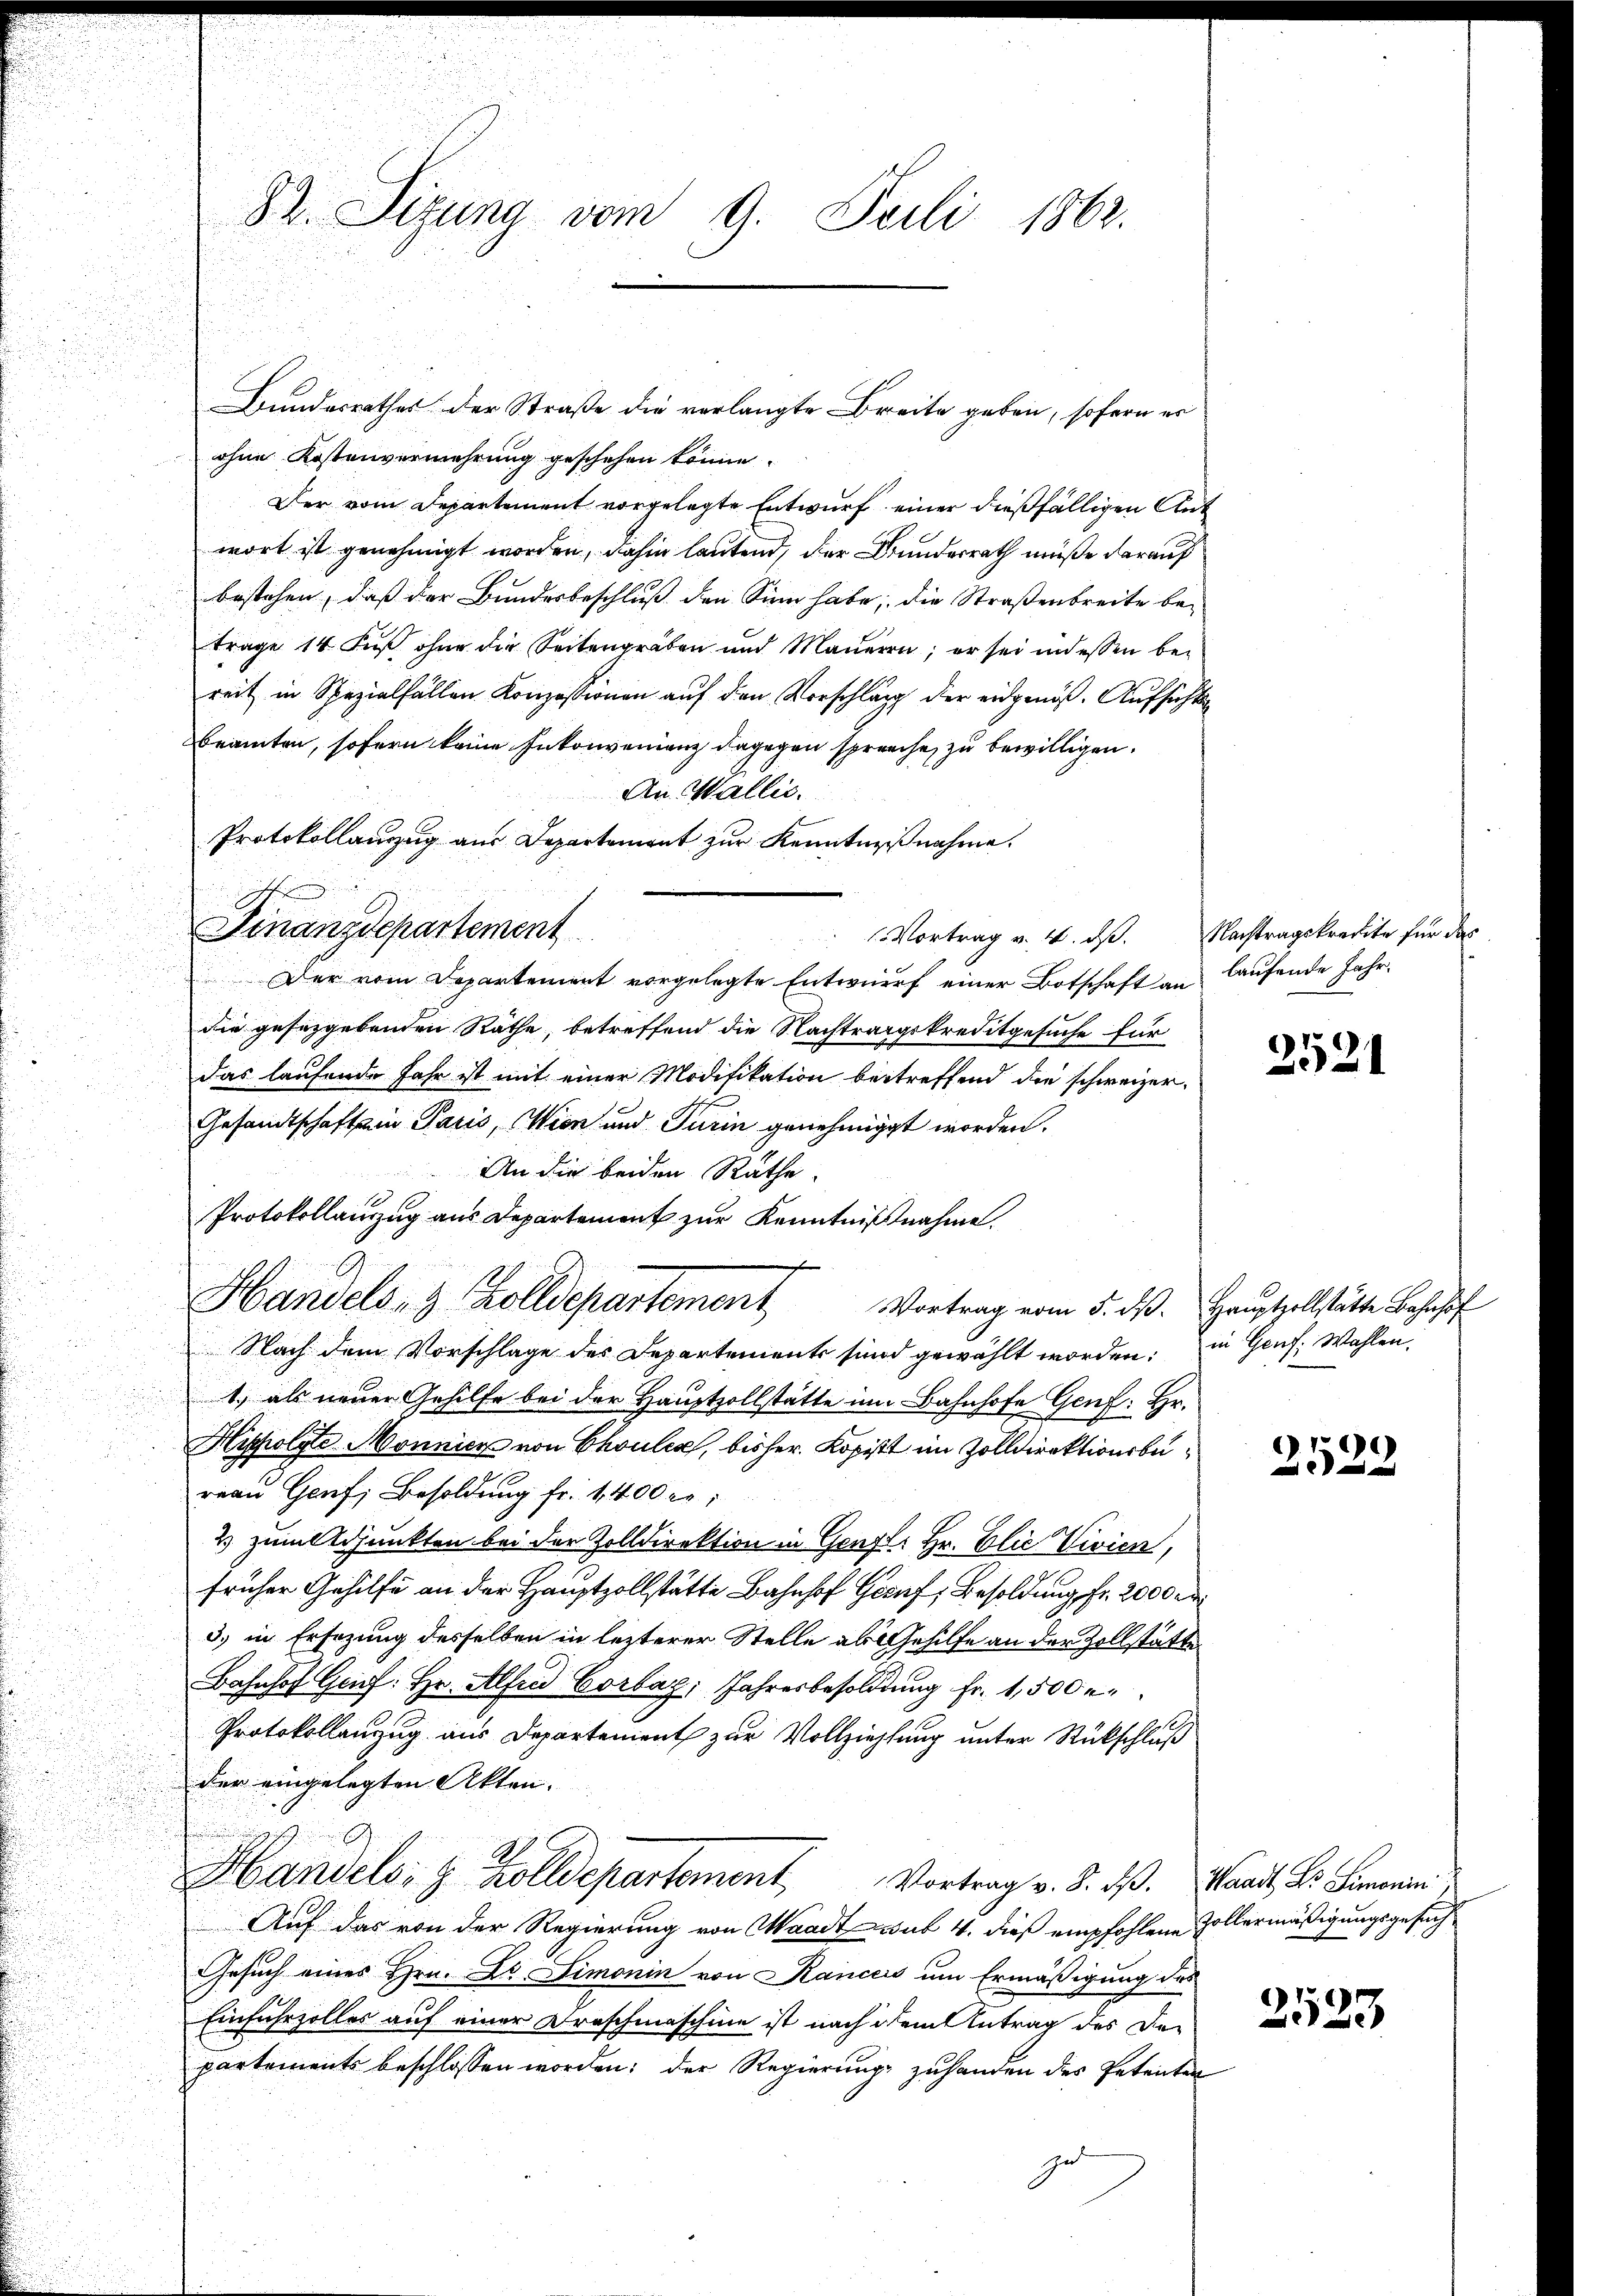
82. Sizung vom 9. Juli 1862.

Bundesrathes der Straße die verlangte Breite geben, sofern er
ohne Kostenvermehrung geschehen könne.
Der vom Departement vorgelegte Entwurf einer dießfälligen Ant
wort ist genehmigt worden, dahin lautend, der Bunderrath müße darauf
bestehen, daß der Bundesbeschluß den Sinn habe; die Straßenbreite betrage 14 Fŭβ ohne die Seitengräben und Maueren; er sei indessen bei
reit in Spezialfällen Konzessionen auf den Vorschlag der eidgenöß-Aufsicht
beamten, sofern keine Inkonvenienz dagegen spreche, zu bewilligen.
An Wallis.
Protokollauszug aus Departement zur Kenntnißnahme.
Finanzdepartement
Der vom Departement vorgelegte Entwurf einer Botschaft an
die gesezgebenden Räthe, betreffend die Nachtragskreditgesuche für
das laufende Jahr ist mit einer Modifikation betreffend die schweizer-
Gesandtschaft in Paris, Wien und Turin genehmigt worden.
An die beiden Räthe.
Protokollanzug aus Departement zur Kenntnißnahme.
Handels- & Zolldepartement Vortrag vom 5. ds. Hauptzollstätte Bahnhof
Nach dem Vorschlage des Departements sind gewählt worden; in Genf, Wahlen,
1) als neuen Gehilfe bei der Hauptzollstätte im Bahnhofe Genf: Hr.
Hippolste Monnick von Chouler, bisher Kopist im Zolldirektionsbureau Genf, Besoldung fr. 1400 re
2) zum Adjunkten bei der Zolldirektion in Genzli Hr. Elie Vivien,
früher Gehilfe an der Hauptzollstätte Bahnhof Genf, Besoldung fr. 2000 M.
3) in Ersezung desselben in lezterer Stelle als Gehilfe an der Zollstätte.
Bahnhof Geif: Hr. Alfrid Corbag; Jahresbesoldung fr. 1,500 r
Protokollenzug aus Departement zur Vollziehung unter Rückschluß
der eingelegten Akten.
Handels- & Zolldepartement Vortrag v. 8. ds. Waadt, der Simonen
Auf das von der Regierung von Waadt sub 4. dieß empfohlene Zollermäßigungsgesuch
Gesuch eines Hrn. Dr. Simonin von Kances um Ermäßigung des
Einfuhrzolles auf einer Draschmaschine ist nach dem Antrag des Departements beschlossen worden; der Regierung zuhanden des Petenten
zu

Vortrag v. 4. ds. Nachtragskredite für das

laufende Jahr.

2521

2522

2523